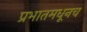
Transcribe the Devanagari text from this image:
प्रभातमधूनच